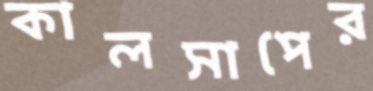
কালসাপের